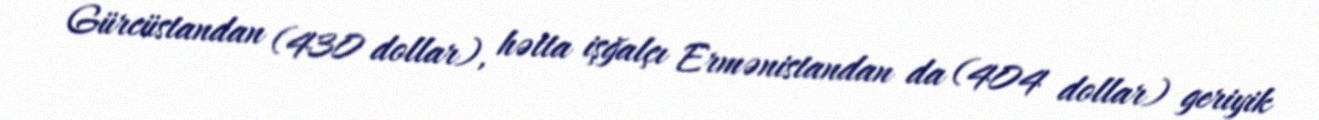
Gürcüstandan (430 dollar), hətta işğalçı Ermənistandan da (404 dollar) geriyik